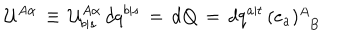
{ \cal U } ^ { A \alpha } \, \equiv \, { \cal U } _ { b \vert s } ^ { A \alpha } \, d q ^ { b \vert s } \, = \, d { \bf Q } \, = \, d q ^ { a \vert t } \, ( e _ { a } ) _ { \phantom { A } B } ^ { A }